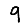
Digit: 9